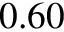
0 . 6 0